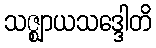
သဇ္ဈာယသဒ္ဒေါတိ